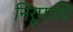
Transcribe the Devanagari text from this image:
निरूपाधि